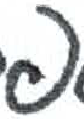
אות: פ